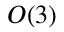
O ( 3 )